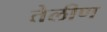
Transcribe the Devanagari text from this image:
तेलीण